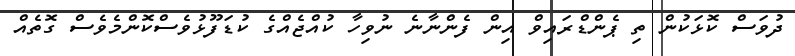
ދުވަސް ކޮޅަކުން ތި ޕެންޑްރައިވް އިން ފެންނާނެ ނުވިހާ ކުއްޖެއްގެ ކުޑަފޫޅުވެސްކޮންމެވެސް ގޮތެއް